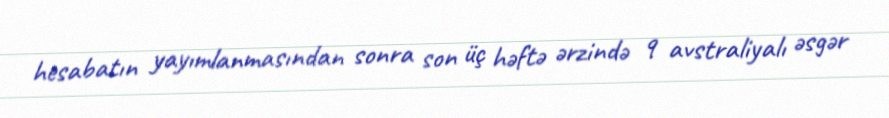
hesabatın yayımlanmasından sonra son üç həftə ərzində 9 avstraliyalı əsgər